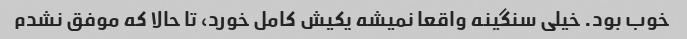
خوب بود. خیلی سنگینه واقعا نمیشه یکیش کامل خورد، تا حالا که موفق نشدم